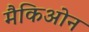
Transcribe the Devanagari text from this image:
मैकिओन